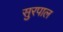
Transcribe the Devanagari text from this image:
सुरपाल